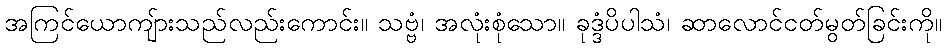
အကြင်ယောကျ်ားသည်လည်းကောင်း။ သဗ္ဗံ၊ အလုံးစုံသော။ ခုဒ္ဒံပိပါသံ၊ ဆာလောင်ငတ်မွတ်ခြင်းကို။